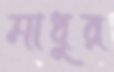
মাধুর